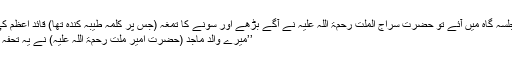
جب قائدِ اعظم رحمۃ اللہ علیہ جلسہ گاہ میں آئے تو حضرت سراج الملّت رحمۃ اللہ علیہ نے آگے بڑھے اور سونے کا تمغہ (جس پر کلمہِ طیّبہ کندہ تھا) قائدِ اعظم کی طرف بڑھاتے ہُوئے کہا کہ:
’’میرے والد ماجد (حضرت امیر ملّت رحمۃ اللہ علیہ) نے یہ تحفہ آپ کی خدمت میں بھیجا ہے‘‘۔